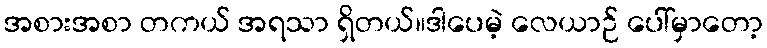
အစားအစာ တကယ် အရသာ ရှိတယ်။ဒါပေမဲ့ လေယာဉ် ပေါ်မှာတော့